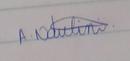
Signature authenticity: genuine